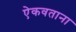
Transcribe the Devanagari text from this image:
ऐकवताना